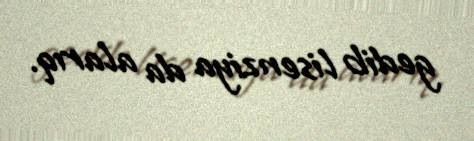
gedib lisenziya da alarıq.